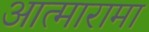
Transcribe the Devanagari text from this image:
आत्मारामा